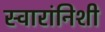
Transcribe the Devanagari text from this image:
स्वारांनिशी